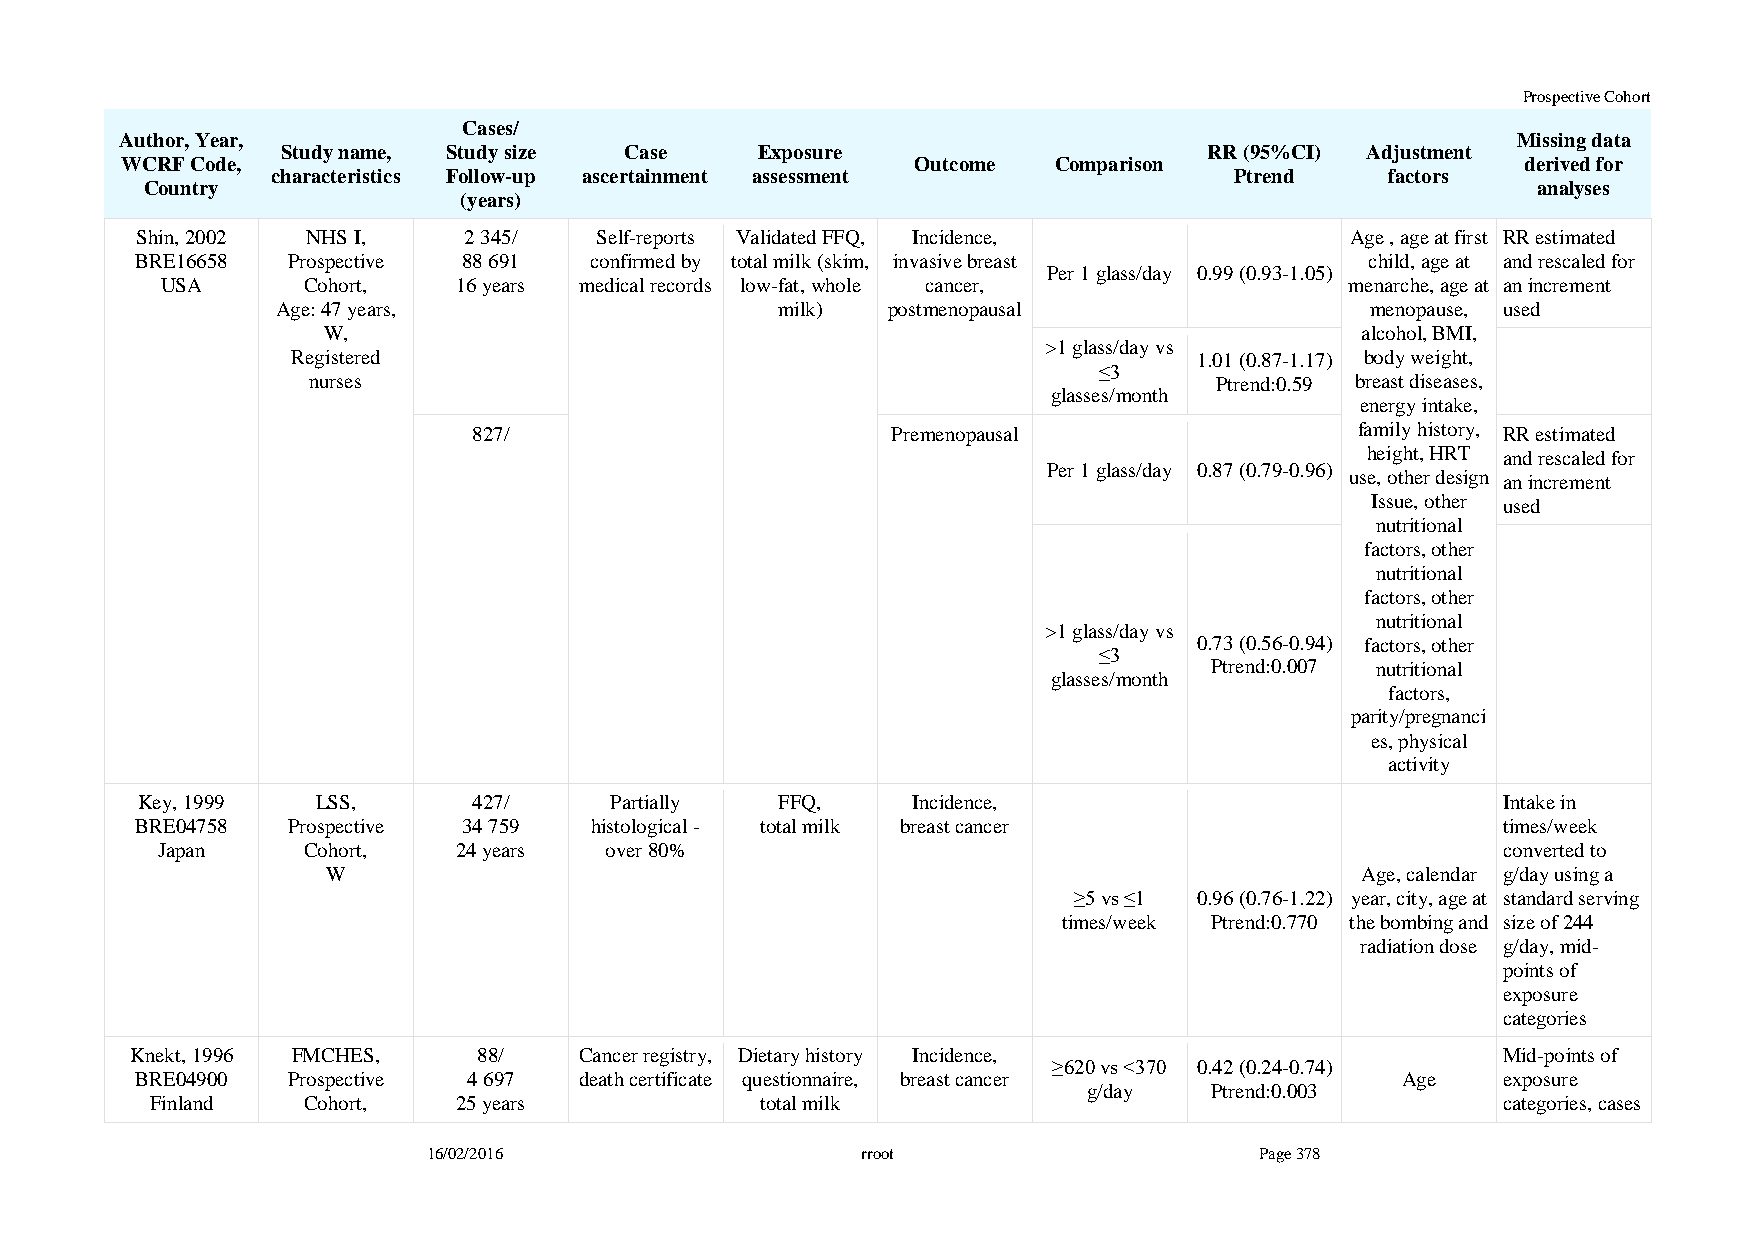
Prospective Cohort
 Cases/
 Author, Year,                                                                               Missing data
 Study name, Study size Case    Exposure                      RR (95%CI) Adjustment
 WCRF Code,                                           Outcome  Comparison                     derived for
 characteristics Follow-up ascertainment assessment              Ptrend    factors
 Country                                                                                     analyses
 (years)
 Shin, 2002 NHS I,     2 345/  Self-reports Validated FFQ, Incidence,            Age , age at first RR estimated
 BRE16658  Prospective 88 691  confirmed by total milk (skim, invasive breast      child, age at and rescaled for
 Per 1 glass/day 0.99 (0.93-1.05)
 USA      Cohort,   16 years medical records low-fat, whole cancer,            menarche, age at an increment
 Age: 47 years,                   milk)   postmenopausal                  menopause, used
 W,                                                                   alcohol, BMI,
 >1 glass/day vs
 Registered                                                  1.01 (0.87-1.17) body weight,
 ≤3
 nurses                                                      Ptrend:0.59 breast diseases,
 glasses/month
 energy intake,
 827/                        Premenopausal                  family history, RR estimated
 height, HRT and rescaled for
 Per 1 glass/day 0.87 (0.79-0.96)
 use, other design an increment
 Issue, other used
 nutritional
 factors, other
 nutritional
 factors, other
 nutritional
 >1 glass/day vs
 0.73 (0.56-0.94) factors, other
 ≤3
 Ptrend:0.007 nutritional
 glasses/month
 factors,
 parity/pregnanci
 es, physical
 activity
 Key, 1999   LSS,      427/     Partially   FFQ,    Incidence,                             Intake in
 BRE04758  Prospective 34 759  histological - total milk breast cancer                     times/week
 Japan     Cohort,   24 years  over 80%                                                   converted to
 W                                                                   Age, calendar g/day using a
 ≥5 vs ≤1 0.96 (0.76-1.22) year, city, age at standard serving
 times/week Ptrend:0.770 the bombing and size of 244
 radiation dose g/day, mid-
 points of
 exposure
 categories
 Knekt, 1996 FMCHES,    88/   Cancer registry, Dietary history Incidence,                  Mid-points of
 ≥620 vs <370 0.42 (0.24-0.74)
 BRE04900  Prospective 4 697  death certificate questionnaire, breast cancer         Age   exposure
 g/day   Ptrend:0.003
 Finland   Cohort,   25 years            total milk                                       categories, cases
 16/02/2016                   rroot                     Page 378